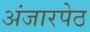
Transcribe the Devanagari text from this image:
अंजारपेठ